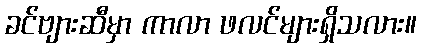
ခင်ဗျားဆီမှာ ကာလာ ဖလင်များရှိသလား။